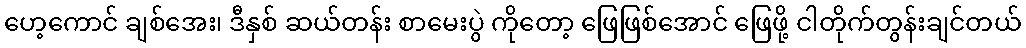
ဟေ့ကောင် ချစ်အေး၊ ဒီနှစ် ဆယ်တန်း စာမေးပွဲ ကိုတော့ ဖြေဖြစ်အောင် ဖြေဖို့ ငါတိုက်တွန်းချင်တယ်